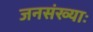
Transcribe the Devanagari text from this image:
जनसंख्याः